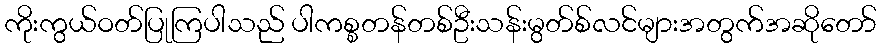
ကိုးကွယ်ဝတ်ပြုကြပါသည် ပါကစ္စတန်တစ်ဦးသန်းမွတ်စ်လင်များအတွက်အဆိုတော်